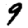
Digit: 9